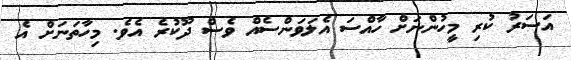
އަސަރު ކުރި މީހުންނަށް ހާއްސަ އެލަވަންސެއް ވެސް ދޫކުރެ އެވެ. މިހާތަނަށް އެ